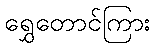
ရွှေတောင်ကြား